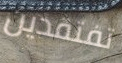
تفتقدين